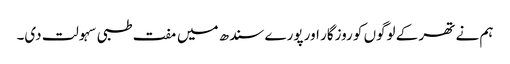
ہم نے تھر کے لوگوں کو روزگار اور پورے سندھ میں مفت طبی سہولت دی۔